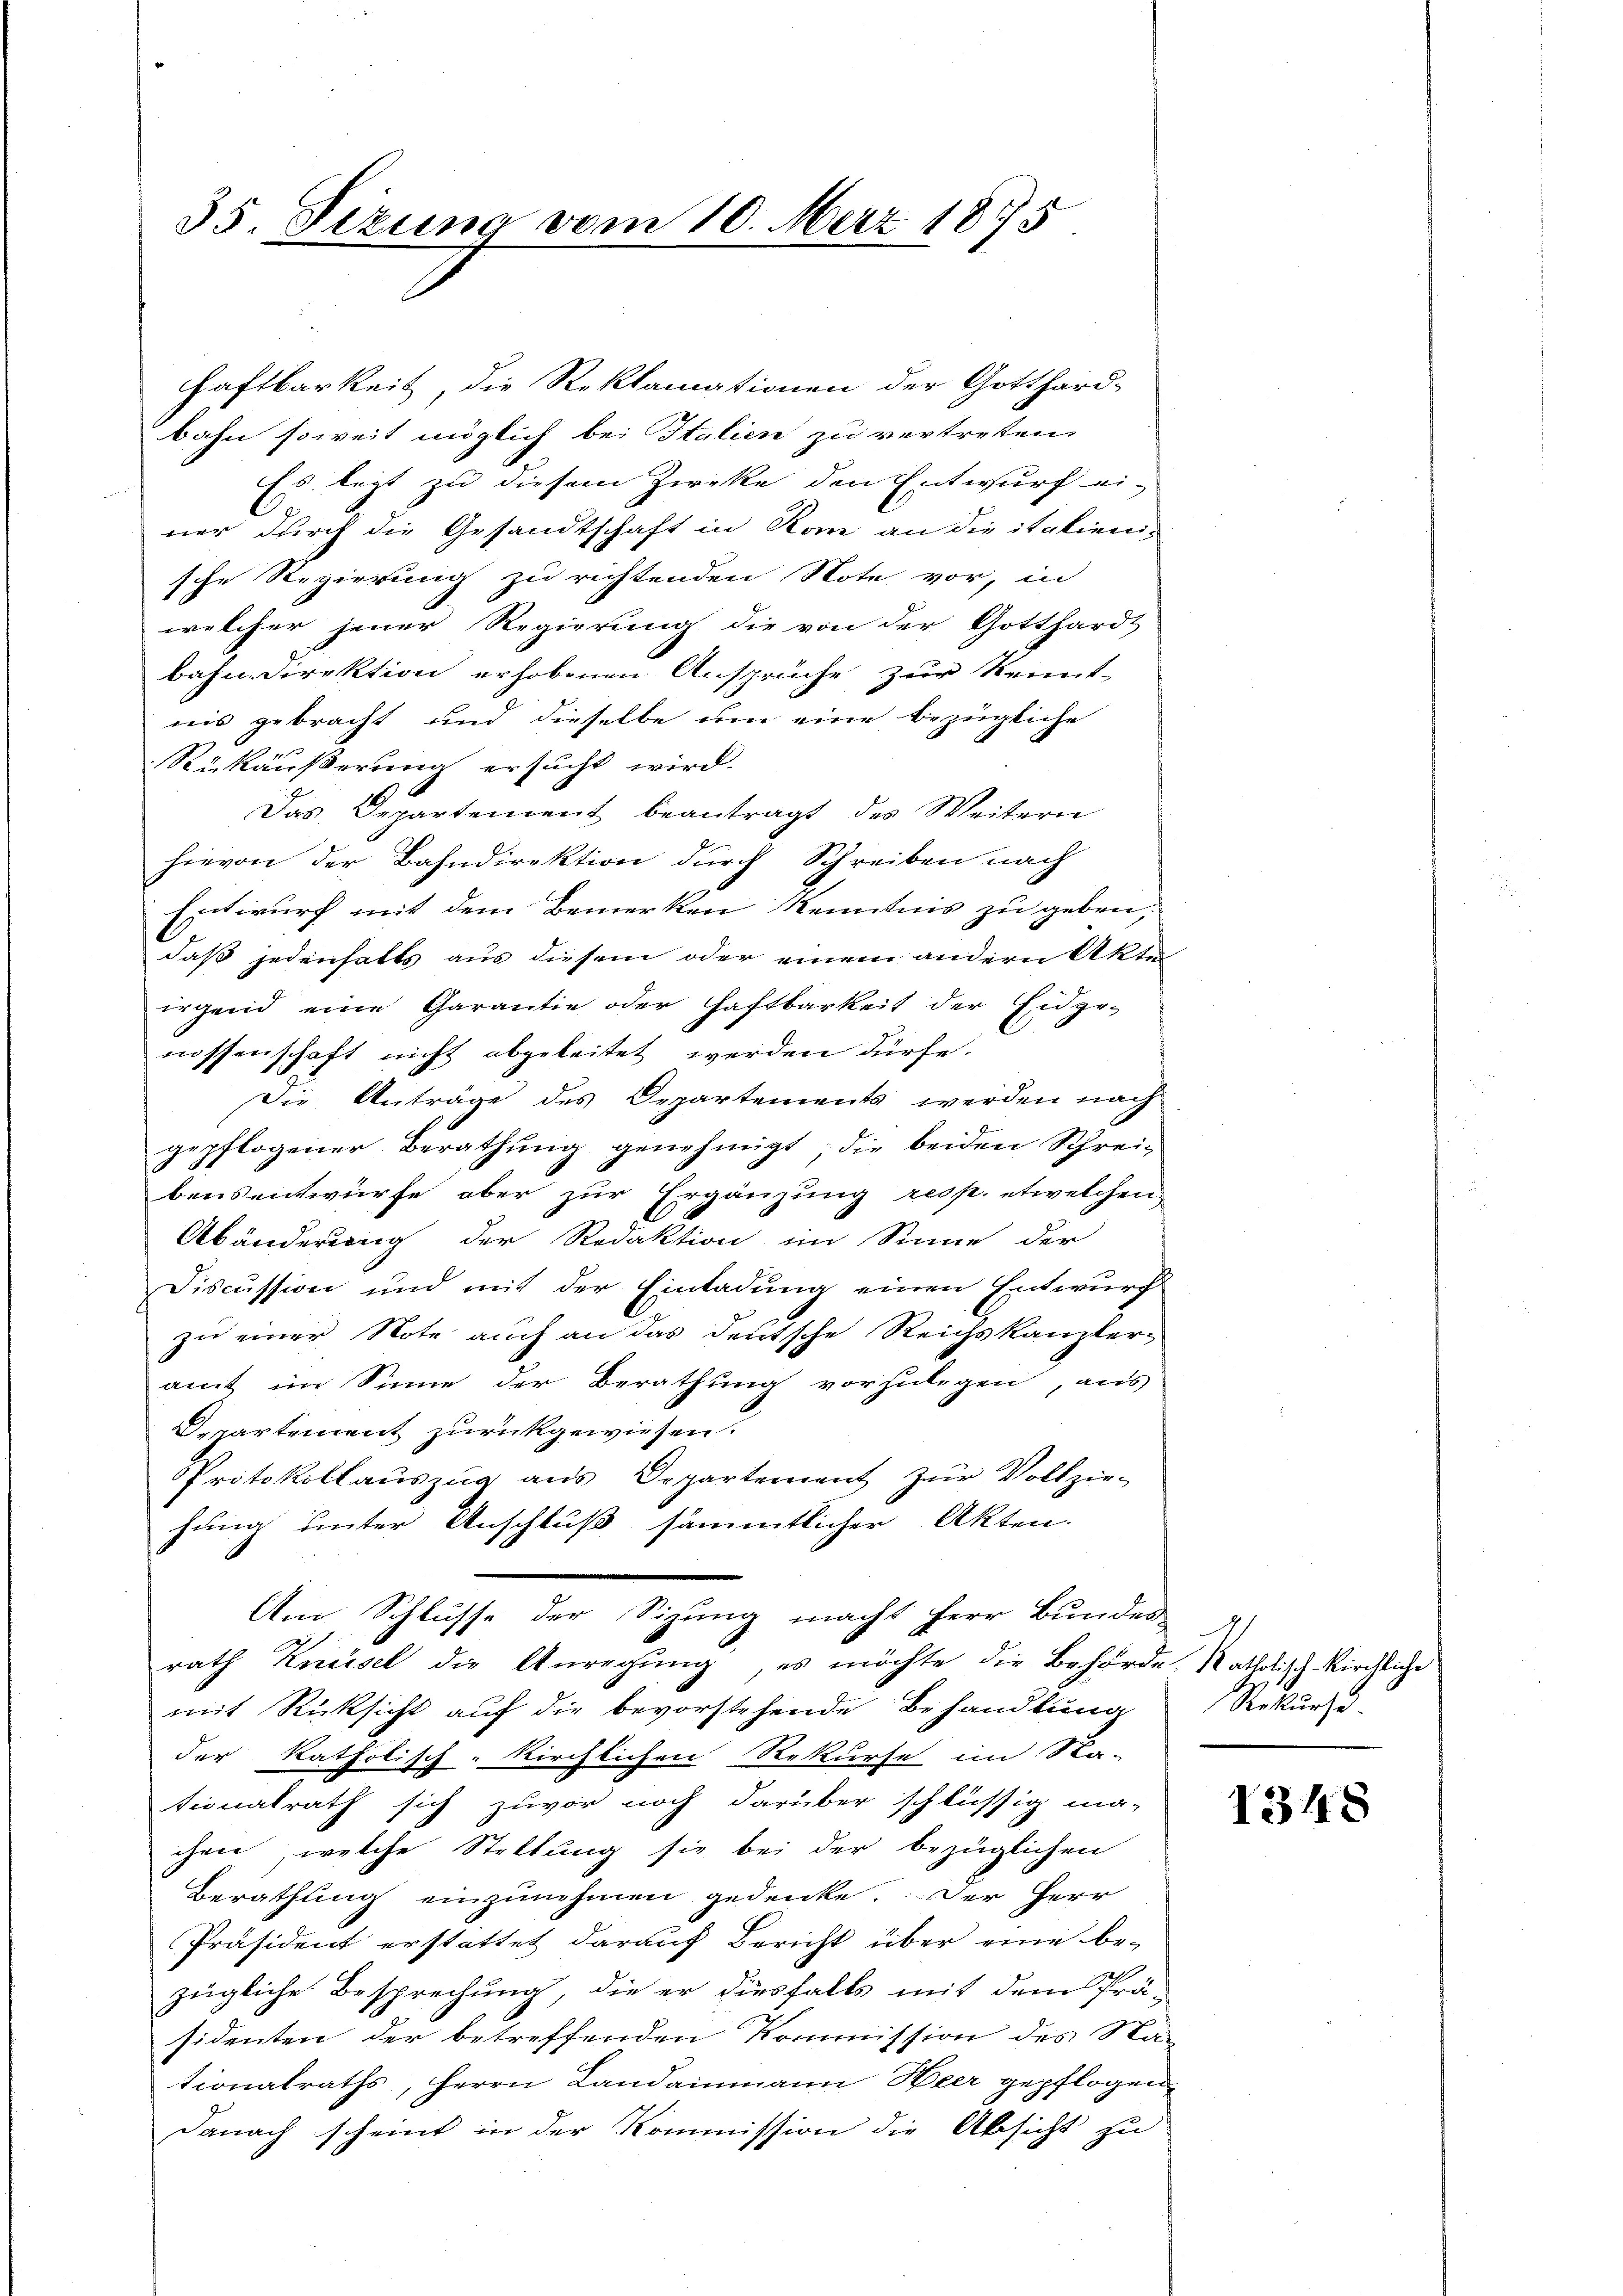
35 Tizung vom 10. März 1875

Haftbarkeit, die Reklamationen der Gotthard-
bahn soweit möglich bei Italien zu vertreten,
Es legt zu diesem Zwecke den Entwurf ei-
ner durch die Gesandtschaft in Rom an die italieni-
sche Regierung zu richtenden Note vor, in
welcher jener Regierung die von der Gotthardt
bahn. Direktion erhobenen Ansprüche zur Kennt-
nis gebracht und dieselbe um eine bezügliche
Rükäußerung ersucht wird.
Das Departement beantragt des Weitern
hievon der Bahndirektion durch Schreiben nach
Entwurf mit dem Bemerken Kenntnis zu geben,
daß jedenhalts aus diesem oder einem andern Akte
irgend eine Garantie oder Haftbarkeit der Eidge-
nossenschaft nicht abgeleitet werden dürfe.
Die Anträge des Departements werden nach
gepflogener Berathung genehmigt, die beiden Schreibensentwürfe aber zur Ergänzung resp. etwelchen
Abänderung der Redaktion im Sinne der
Discussion und mit der Einladung einen Entwurf
zu einer Note auch an das deutsche Reichskanzleramt im Sinne der Berathung vorzulegen, aus
Departement zurückgewiesen.
Protokollauszug aus Departement zŭr Vollzie-
hung unter Anschluß sämmtlicher Akten.
Am Schlusse der Sizung macht herr Bundes-
rath Knüsel die Anregung, es möchte die Behörde. Katholisch-kirchliche
mit Rücksicht auf die bevorstehende Behandlung
der katholisch-kirchlichen Rekurse im Sta-
tionalrath sich zuvor noch darüber schlüssig ma-
chen, welche Stellung sie bei der bezüglichen
Berathung einzŭnehmen gedenke. Der Herr
Präsident erstattet darauf Bericht über eine be-
zügliche Besprechung, die er diesfalls mit dem Prä-
sidenten der betreffenden Kommission des Na-
tionalraths, Herrn Landammann Heer gepflogen,
Danach scheint in der Kommission die Absicht zu

1
Rekurs.

1348